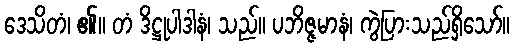
ဒေသိတံ၊ ၏။ တံ ဒိဋ္ဌုပါဒါနံ၊ သည်။ ပဘိဇ္ဇမာနံ၊ ကွဲပြားသည်ရှိသော်။